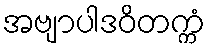
အဗျာပါဒဝိတက္ကံ